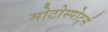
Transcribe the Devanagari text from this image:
मोटोस्पोर्ट्स